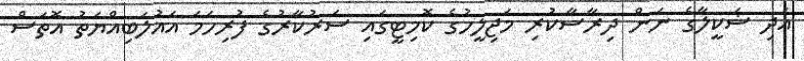
އަދި ޝަކީލާގެ ނަން ދިރާސާކުރި މަޖިލީހުގެ ކޮމިޓީގައި ސަރުކާރުގެ ފުރިހަމަ އަޣުލަބިއްޔަތު އޮތަސް